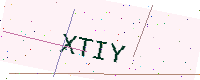
Text: XTIY